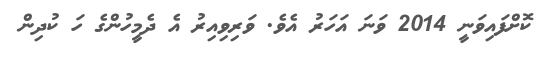
ކޮށްފައިވަނީ 2014 ވަނަ އަހަރު އެވެ. ވަރިވިއިރު އެ ދެމީހުންގެ ހަ ކުދިން